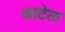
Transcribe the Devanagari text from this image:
काटेल